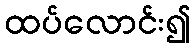
ထပ်လောင်း၍